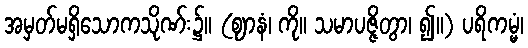
အမှတ်မရှိသောကသိုဏ်း၌။ (ဈာနံ၊ ကို။ သမာပဇ္ဇိတွာ၊ ၍။) ပရိကမ္မံ၊